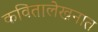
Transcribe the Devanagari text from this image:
कवितालेखनात